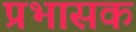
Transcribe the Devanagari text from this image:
प्रभासक